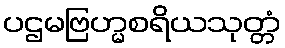
ပဌမဗြဟ္မစရိယသုတ္တံ